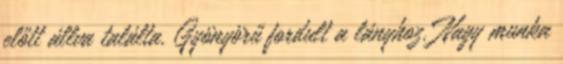
előtt állva találta. Gyönyörű fordult a lányhoz. Nagy munka